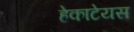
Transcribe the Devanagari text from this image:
हेकाटेयस